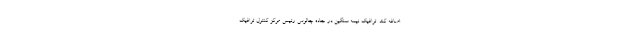
اضافه کند. ترافیک نیمه‌ سنگین در جاده چالوس رئیس مرکز کنترل ترافیک